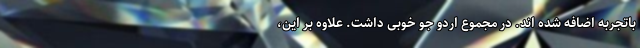
باتجربه اضافه شده اند. در مجموع اردو جو خوبی داشت. علاوه بر این،